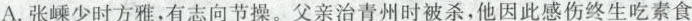
A.张嵊少时方雅，有志向节操。父亲治青州时被杀，他因此感伤终生吃素食